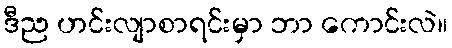
ဒီည ဟင်းလျာစာရင်းမှာ ဘာ ကောင်းလဲ။